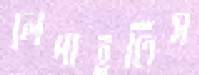
লেপাইতিস